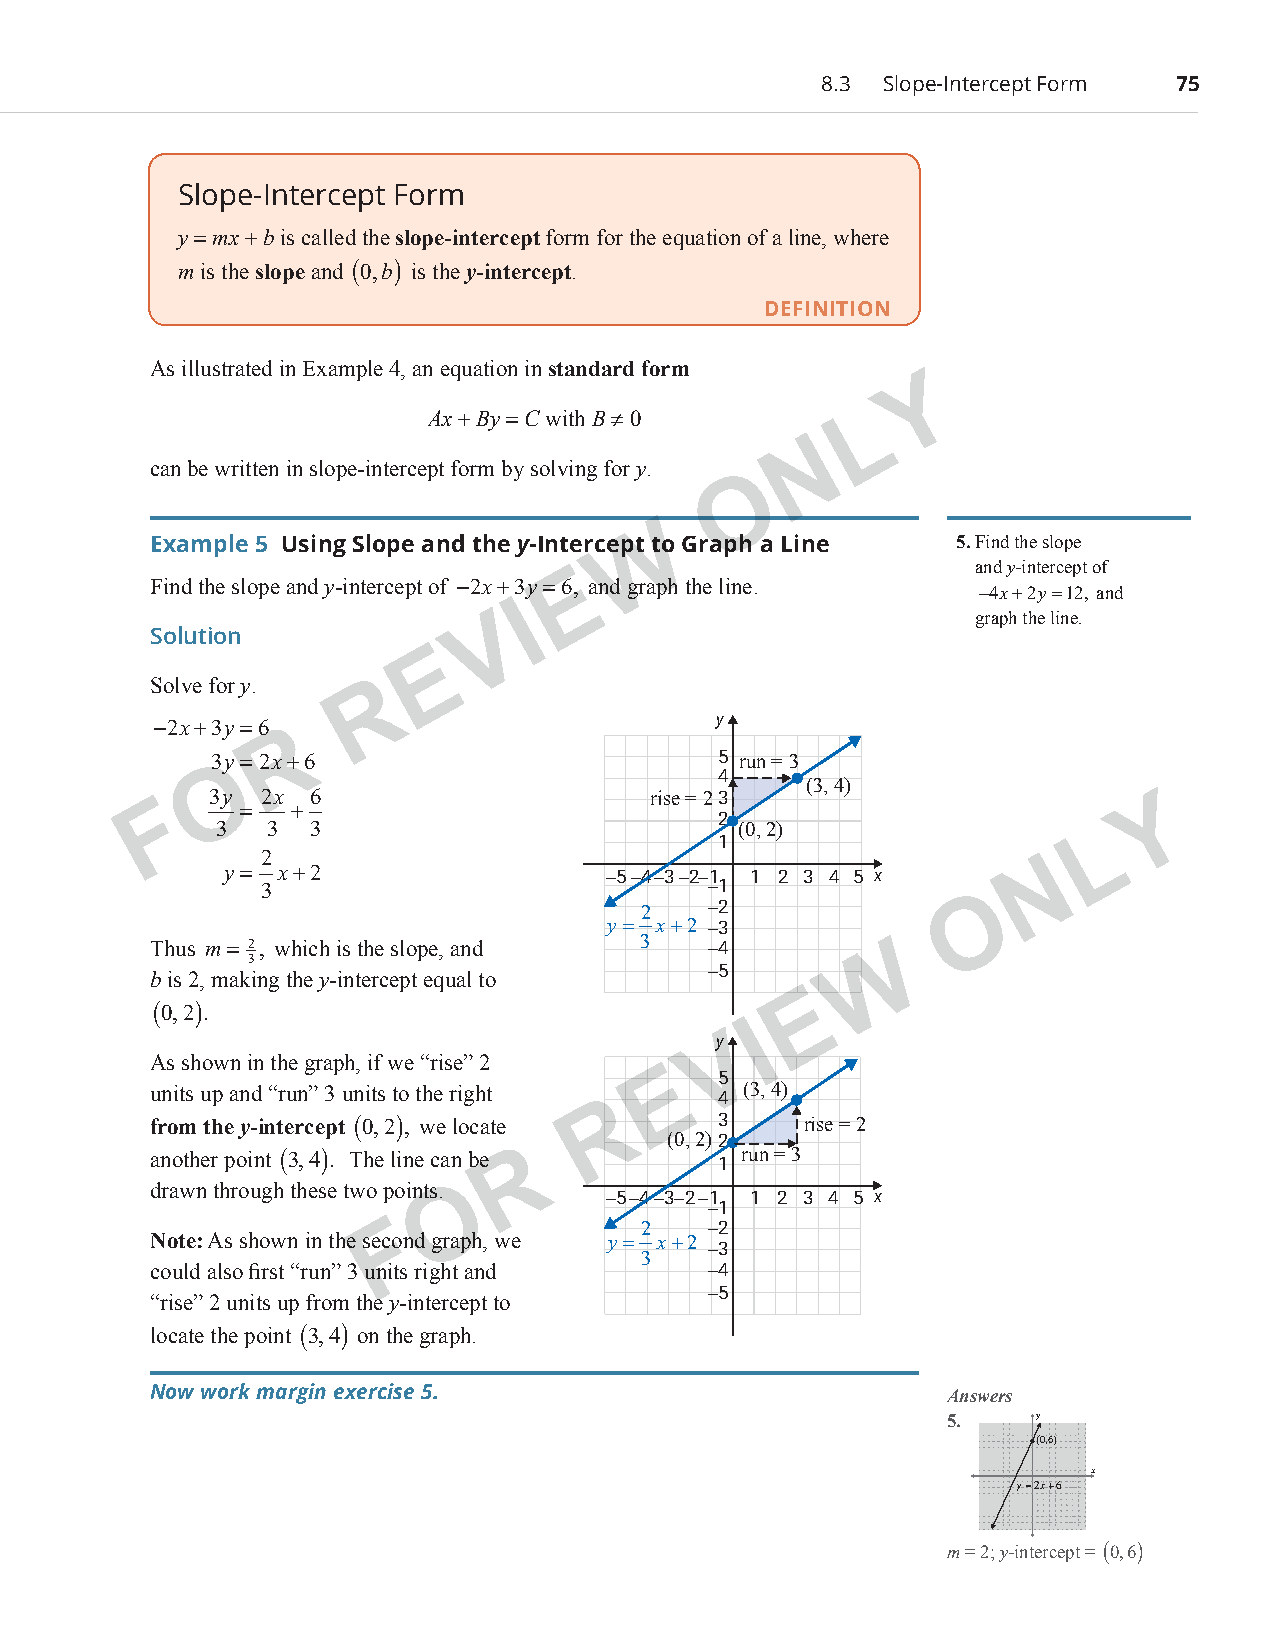
8.3 Slope-Intercept Form 75
 Slope-Intercept Form
 y = mx + b is called the slope‑intercept form for the equation of a line, where
 m is the slope and (0,b) is the y‑intercept.
 DEFINITION
 As illustrated in Example 4, an equation in standard form
 Y
 Ax + By = C with B ≠ 0       L
 N
 can be written in slope-intercept form by solving for y.
 O
 W
 Example 5 Using Slope and the y-Intercept to Graph a Line 5. Find the slope
 and y-intercept of
 E
 Find the slope and y-intercept of −2x+3y=6, and graph the line.
 −4x+2y=12, and
 I
 V                                graph the line.
 Solution
 E
 Solve for y.  R
 −2x+3y=6                              y
 R
 3y=2x+6                           5 run = 3
 O                                 4
 (3, 4)
 F  3y = 2x + 6                  rise = 23                         Y
 2
 3  3  3                           (0, 2)                  L
 1
 2
 N
 y=  x+2                  −5−4−3−2−1 1 2 3 4 5 x
 3                             −1
 O
 2   −2
 y=  x+2 −3
 Thus m= 2, which is the slope, and 3 −4        W
 3
 −5
 b is 2, making the y-intercept equal to
 E
 (0,2).
 I
 yV
 As shown in the graph, if we “rise” 2
 E   5
 units up and “run” 3 units to the right 4 (3, 4)
 R
 from the y-intercept (0,2), we locate 3    rise = 2
 (0, 2)2
 another point (3,4). The line can be R 1 run = 3
 drawn through these two points.O
 −5−4−3−2−1 1 2 3 4 5 x
 −1
 F                2   −2
 Note: As shown in the second graph, we y= x+2
 −3
 3
 could also first “run” 3 units right and −4
 −5
 “rise” 2 units up from the y-intercept to
 locate the point (3,4) on the graph.
 Now work margin exercise 5.                          Answers
 5.    y
 (0,6)
 x
 y=2x+6
 m = 2; y-intercept = (0,6)
 PCM_Marketing_Booklet.indb 75                                            10/11/2017 10:02:39 AM